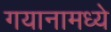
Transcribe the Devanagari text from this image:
गयानामध्ये